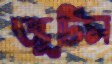
জুটিস